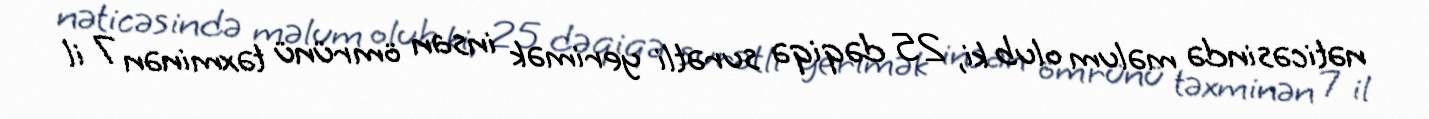
nəticəsində məlum olub ki, 25 dəqiqə surətli yerimək insan ömrünü təxminən 7 il